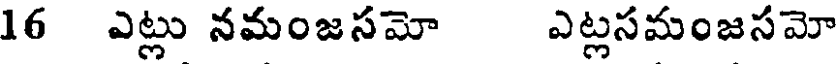
16 ఎట్లు నమంజసమో ఎట్లసమంజసమో